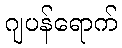
ဂျပန်ရောက်